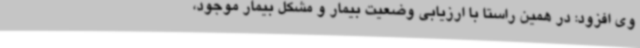
وی افزود: در همین راستا با ارزیابی وضعیت بیمار و مشکل بیمار موجود،